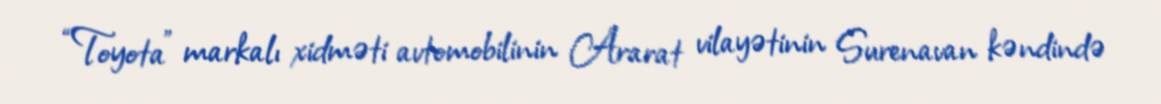
“Toyota” markalı xidməti avtomobilinin Ararat vilayətinin Surenavan kəndində